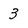
Character: 3